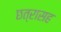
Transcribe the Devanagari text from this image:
छत्रासह